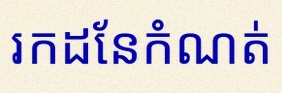
រកដែនកំណត់